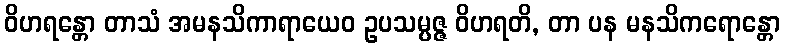
ဝိဟရန္တော တာသံ အမနသိကာရာယေဝ ဥပသမ္ပဇ္ဇ ဝိဟရတိ, တာ ပန မနသိကရောန္တော